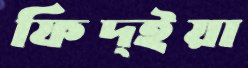
ফিদ্ইয়া